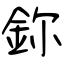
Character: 鉨